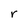
Character: r